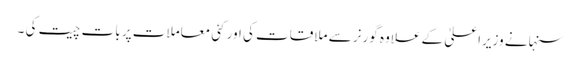
سنہا نے وزیراعلیٰ کے علاوہ گورنر سے ملاقات کی اور کئی معاملات پر بات چیت کی ۔